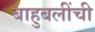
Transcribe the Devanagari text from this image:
बाहुबलींची